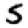
Digit: 5